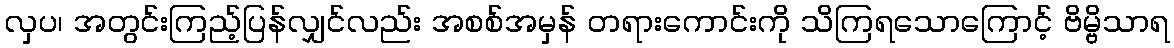
လှပ၊ အတွင်းကြည့်ပြန်လျှင်လည်း အစစ်အမှန် တရားကောင်းကို သိကြရသောကြောင့် ဗိမ္ဗိသာရ